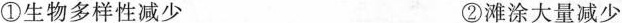
①生物多样性减少 ②滩涂大量减少